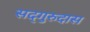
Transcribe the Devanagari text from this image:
सद्‌गुरुदास